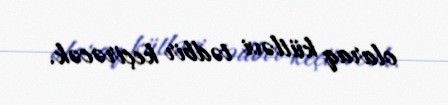
olaraq kütləvi tədbir keçirəcək.